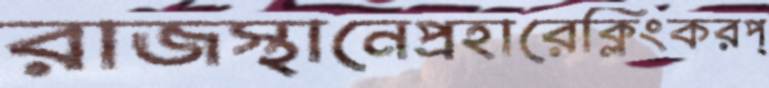
রাজস্থানেপ্রহারেক্লিংকরপ্